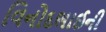
વિનોદભાઈની